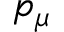
p _ { \mu }